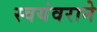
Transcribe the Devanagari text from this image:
स्वयंवराने